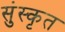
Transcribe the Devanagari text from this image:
सुंस्कृत